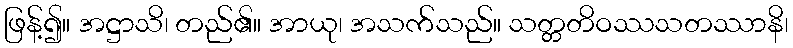
ဖြန့်၍။ အဋ္ဌာသိ၊ တည်၏။ အာယု၊ အသက်သည်။ သတ္တတိဝဿသတဿာနိ၊